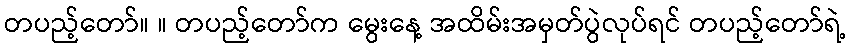
တပည့်တော်။ ။ တပည့်တော်က မွေးနေ့ အထိမ်းအမှတ်ပွဲလုပ်ရင် တပည့်တော်ရဲ့